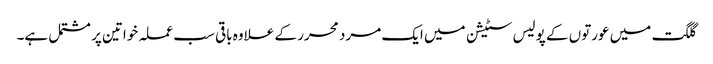
گلگت میں عورتوں کے پولیس سٹیشن میں ایک مرد محرر کے علاوہ باقی سب عملہ خواتین پر مشتمل ہے۔